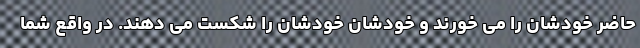
حاضر خودشان را می خورند و خودشان خودشان را شکست می دهند. در واقع شما